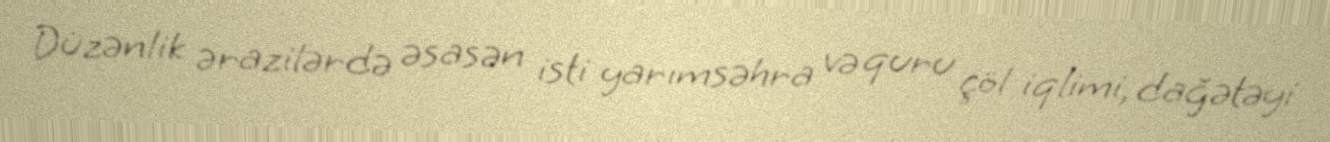
Düzənlik ərazilərdə əsasən isti yarımsəhra və quru çöl iqlimi, dağətəyi